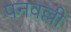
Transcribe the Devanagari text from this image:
पनवल्ली